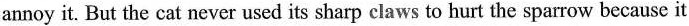
annoy it. But the cat never used its sharp claws to hurt the sparrow because it